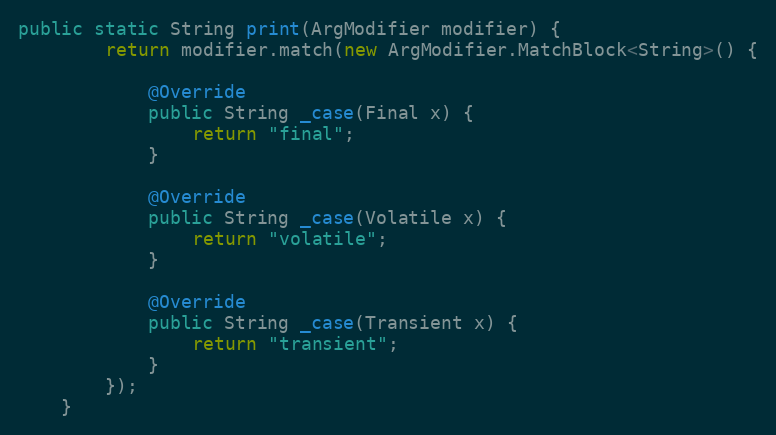
Language: Java
public static String print(ArgModifier modifier) {
        return modifier.match(new ArgModifier.MatchBlock<String>() {

            @Override
            public String _case(Final x) {
                return "final";
            }

            @Override
            public String _case(Volatile x) {
                return "volatile";
            }

            @Override
            public String _case(Transient x) {
                return "transient";
            }
        });
    }